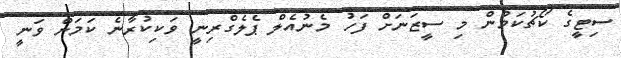
ސިޓީގެ ކޯޗުކަމުން މި ސީޒަނަށް ފަހު މެނުއެލް ޕެލެގްރިނީ ވަކިކުރާނެ ކަމަށް ވަނީ